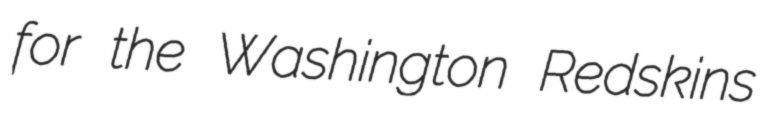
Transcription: for the Washington Redskins